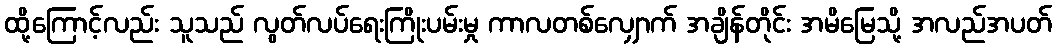
ထို့ကြောင့်လည်း သူသည် လွတ်လပ်ရေးကြိုးပမ်းမှု ကာလတစ်လျှောက် အချိန်တိုင်း အမိမြေသို့ အလည်အပတ်